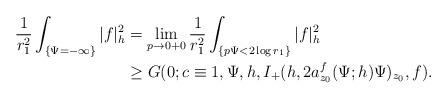
LaTeX: \begin{align*}\frac{1}{r_1^2}\int_{\{\Psi=-\infty\}}|f|^2_h&=\lim_{p\rightarrow0+0}\frac{1}{r_1^2}\int_{\{p\Psi<2\log r_1\}}|f|^2_h\\&\ge G(0;c\equiv1,\Psi,h,I_+(h,2a_{z_0}^f(\Psi;h)\Psi)_{z_0},f).\end{align*}